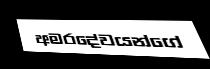
අමරදේවයන්ගේ